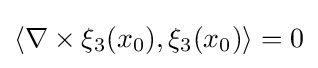
\left\langle \nabla \times \xi _{3}(x_{0}),\xi _{3}(x_{0})\right\rangle =0